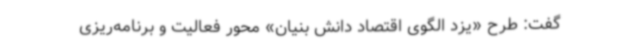
گفت: طرح «یزد الگوی اقتصاد دانش بنیان» محور فعالیت و برنامه‌ریزی